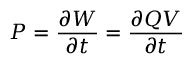
P = { \frac { \partial W } { \partial t } } = { \frac { \partial Q V } { \partial t } }